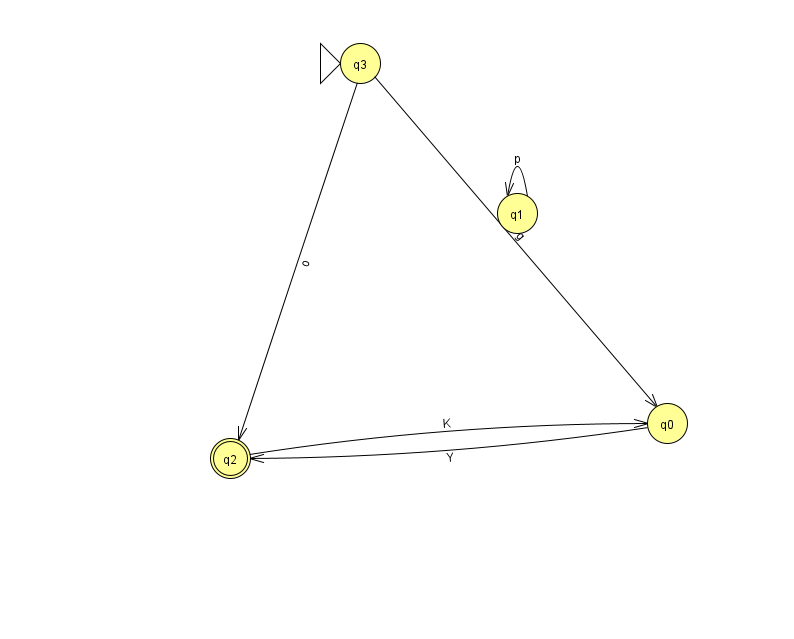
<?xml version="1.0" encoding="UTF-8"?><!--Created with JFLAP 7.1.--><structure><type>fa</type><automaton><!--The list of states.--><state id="0" name="q0"><x>667.0</x><y>410.0</y></state><state id="1" name="q1"><x>517.0</x><y>200.0</y></state><state id="2" name="q2"><x>230.0</x><y>445.0</y><final/></state><state id="3" name="q3"><x>360.0</x><y>50.0</y><initial/></state><!--The list of transitions.--><transition><from>1</from><to>1</to><read>p</read></transition><transition><from>3</from><to>2</to><read>o</read></transition><transition><from>0</from><to>2</to><read>Y</read></transition><transition><from>2</from><to>0</to><read>K</read></transition><transition><from>3</from><to>0</to><read>g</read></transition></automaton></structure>